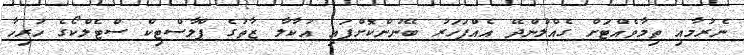
ނެރުމާއި ތިމާވެއްޓަށް ގެއްލުންދޭ އެއްފަހަރު ބޭނުންކޮށްފައި އުކާލާ ޒާތުގެ ޕްލާސްޓިކް ސްޓެލްކޯގެ ހުރިހާ